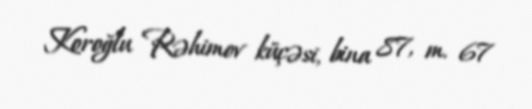
Koroğlu Rəhimov küçəsi, bina 87, m. 67